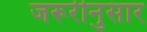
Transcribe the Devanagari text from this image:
जरूरीनुसार